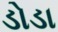
ડોડા